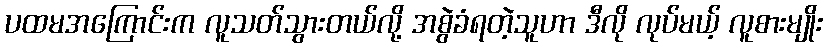
ပထမအကြောင်းက လူသတ်သွားတယ်လို့ အစွဲခံရတဲ့သူဟာ ဒီလို လုပ်မယ့် လူစားမျိုး